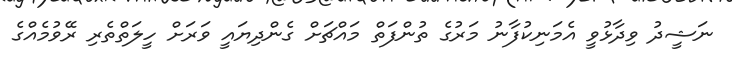
ނަޝީދު ވިދާޅުވީ އެމަނިކުފާނު މަރުގެ ތުންފަތް މައްޗަށް ގެންދިޔައީ ވަރަށް ހީލަތްތެރި ރޭވުމެއްގެ